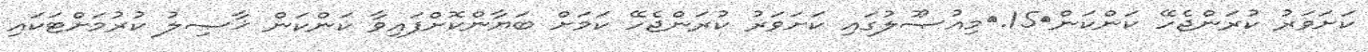
ކަށަވަރު ކުރަންޖެހޭ ކަންކަން	15.	މިއުޞޫލުގައި ކަށަވަރު ކުރަންޖެހޭ ކަމަށް ބަޔާންކޮށްފައިވާ ކަންކަން ޚާޞިލު ކުރުމަށްޓަކައި